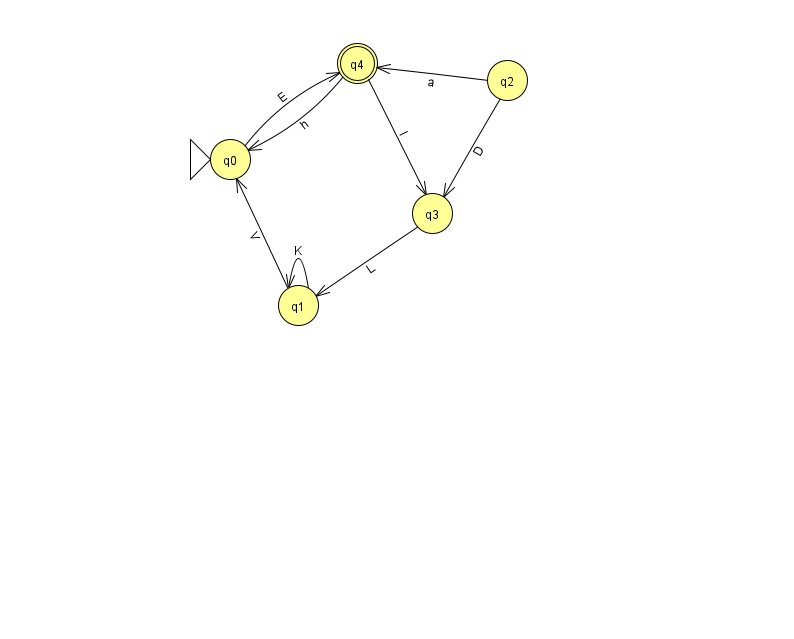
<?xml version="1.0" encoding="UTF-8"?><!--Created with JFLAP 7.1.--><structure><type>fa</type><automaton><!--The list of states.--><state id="0" name="q0"><x>230.0</x><y>146.0</y><initial/></state><state id="1" name="q1"><x>298.0</x><y>292.0</y></state><state id="2" name="q2"><x>507.0</x><y>67.0</y></state><state id="3" name="q3"><x>432.0</x><y>200.0</y></state><state id="4" name="q4"><x>357.0</x><y>50.0</y><final/></state><!--The list of transitions.--><transition><from>4</from><to>0</to><read>h</read></transition><transition><from>1</from><to>1</to><read>K</read></transition><transition><from>3</from><to>1</to><read>L</read></transition><transition><from>4</from><to>3</to><read>l</read></transition><transition><from>2</from><to>4</to><read>a</read></transition><transition><from>0</from><to>4</to><read>E</read></transition><transition><from>1</from><to>0</to><read>V</read></transition><transition><from>2</from><to>3</to><read>D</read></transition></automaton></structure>